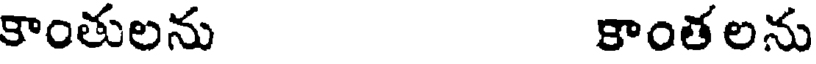
కాంతులను కాంతలను